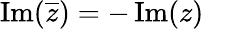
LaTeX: \operatorname{Im}({\overline{{z}}})=-\operatorname{Im}(z)\quad